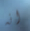
انه